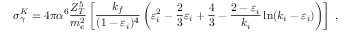
\sigma _ { \gamma } ^ { K } = 4 \pi \alpha ^ { 6 } \frac { Z _ { T } ^ { 5 } } { m _ { e } ^ { 2 } } \left[ \frac { k _ { f } } { ( 1 - \varepsilon _ { i } ) ^ { 4 } } \left( \varepsilon _ { i } ^ { 2 } - \frac { 2 } { 3 } \varepsilon _ { i } + \frac 4 3 - \frac { 2 - \varepsilon _ { i } } { k _ { i } } \ln ( k _ { i } - \varepsilon _ { i } ) \right) \right] \ ,